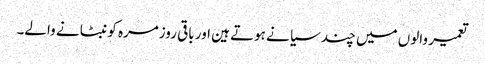
تعمیر والوں میں چند سیا نے ہوتے ہین اور باقی روزمرہ کو نبٹا نے والے۔